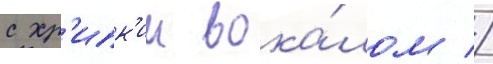
с хр'ипк'им вока́лом //